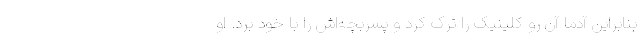
بنابراین آدما آن رو کلینیک را ترک کرد و پسربچه‌اش را با خود برد. او